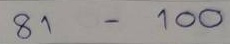
81 - 100